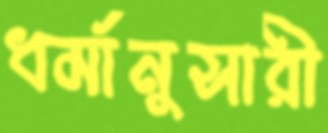
ধর্মানুসারী